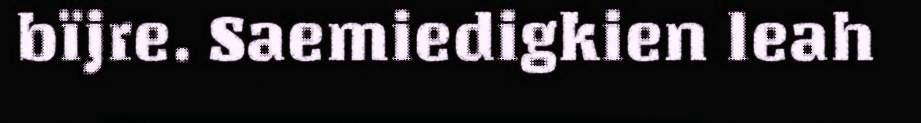
bïjre. Saemiedigkien leah